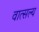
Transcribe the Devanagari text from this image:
वात्‍सल्‍य